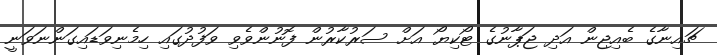
ޗައިނާގެ ބެއިޖިން އަދި ޖަޕާނުގެ ޓޯކިޔޯ އަށް ސަރުކާރުން ފޮނުންވެވި ވަފުދުގައި ހިމެނިވަޑައިގަންނަވަނީ